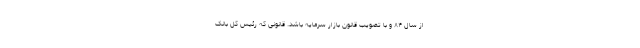
از سال ۸۴ و با تصویب قانون بازار سرمایه باشد. قانونی که رئیس کل بانک